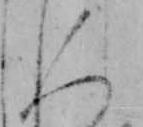
人